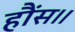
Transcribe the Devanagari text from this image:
हौंस।।